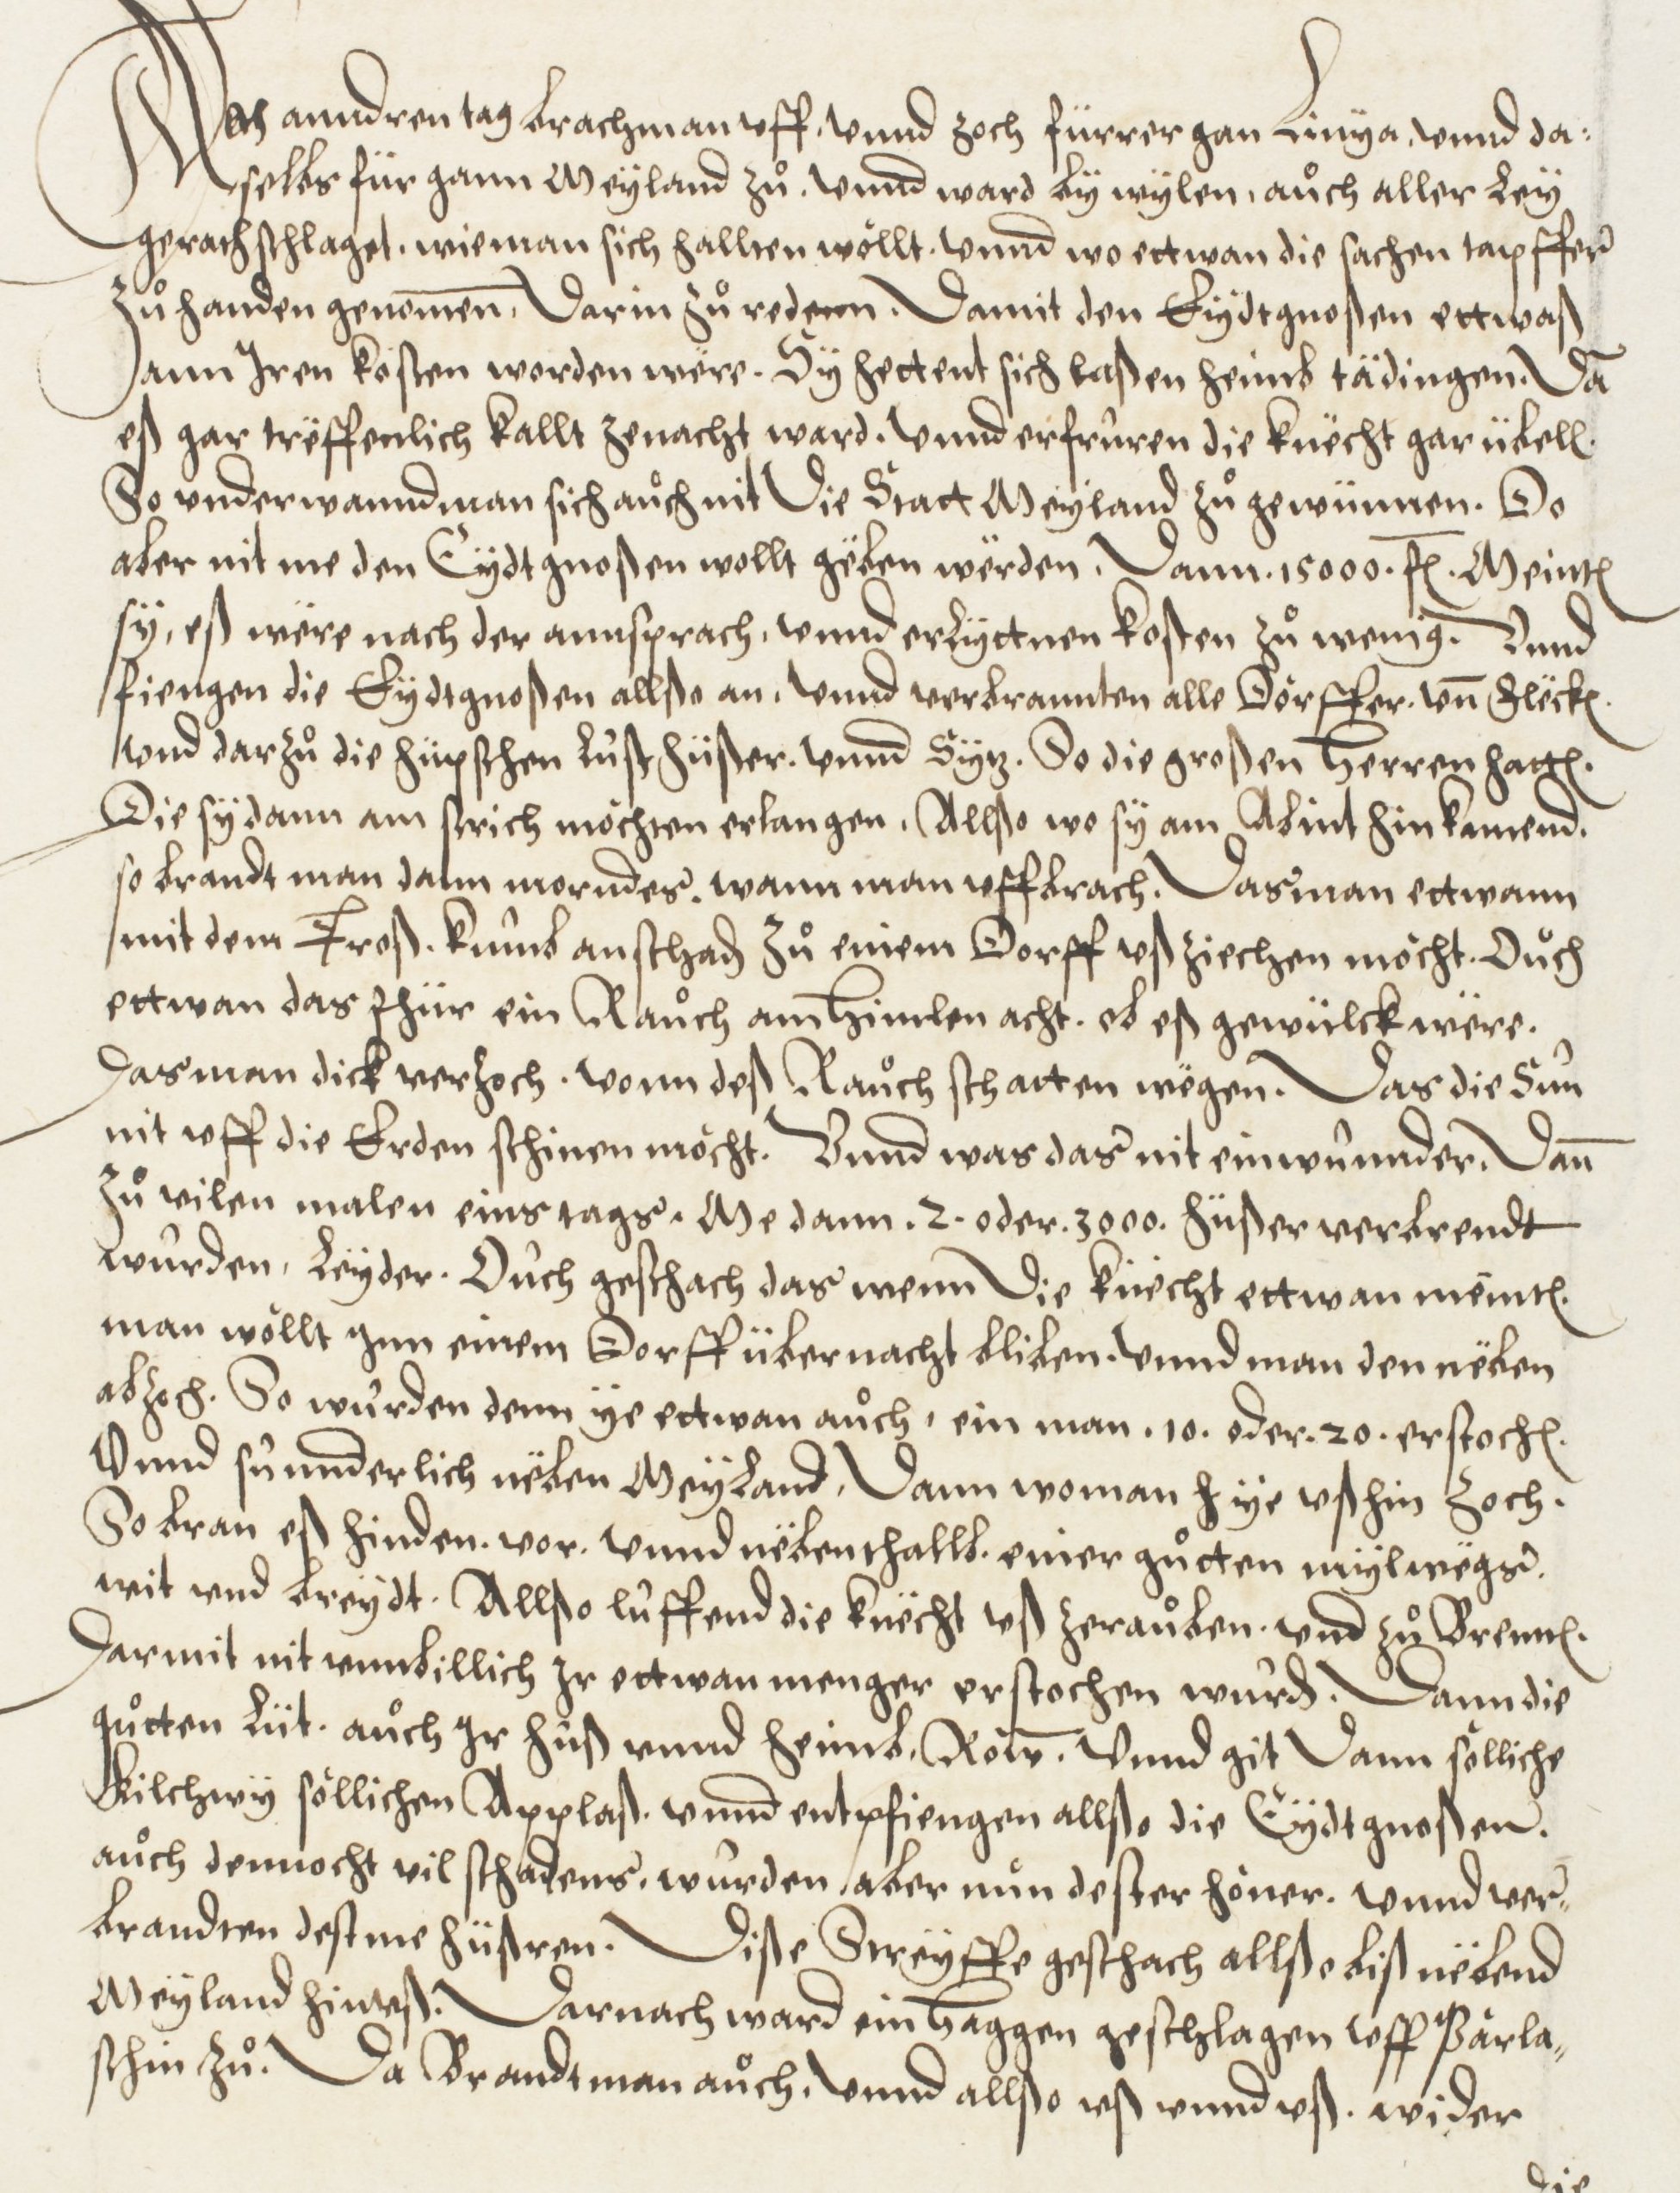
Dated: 1572–1572